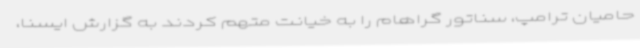
حامیان ترامپ، سناتور گراهام را به خیانت متهم کردند به گزارش ایسنا،